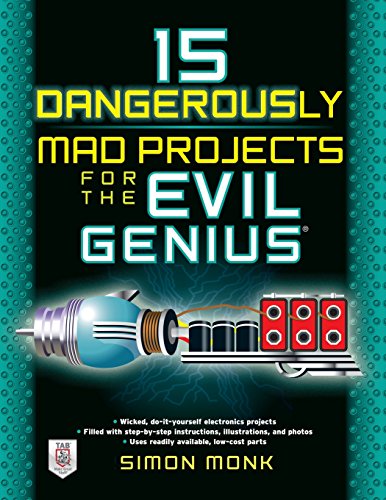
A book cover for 15 Dangerously Mad Projects for the Evil Genius; Simon Monk; Crafts, Hobbies & Home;